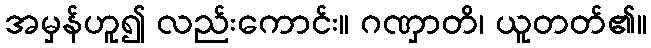
အမှန်ဟူ၍ လည်းကောင်း။ ဂဏှာတိ၊ ယူတတ်၏။